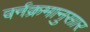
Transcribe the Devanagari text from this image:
वर्नक्रमानुसार